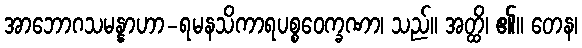
အာဘောဂသမန္နာဟာ-ရမနသိကာရပစ္စဝေက္ခဏာ၊ သည်။ အတ္ထိ၊ ၏။ တေန၊